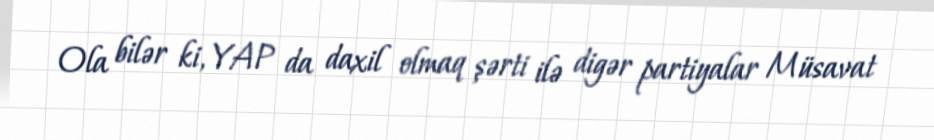
Ola bilər ki, YAP da daxil olmaq şərti ilə digər partiyalar Müsavat